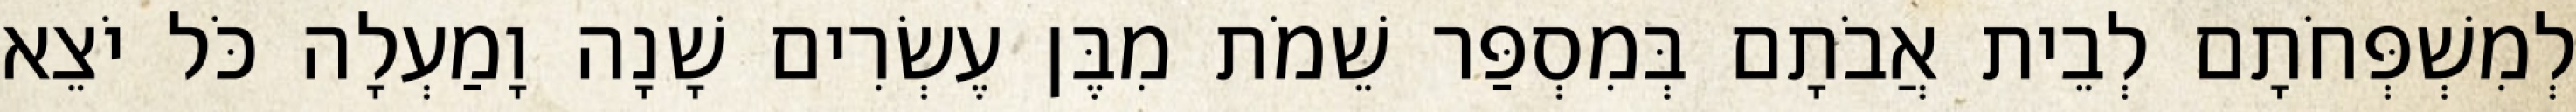
לְמִשְׁפְּחֹתָם לְבֵית אֲבֹתָם בְּמִסְפַּר שֵׁמֹת מִבֶּן עֶשְׂרִים שָׁנָה וָמַעְלָה כֹּל יֹצֵא